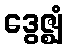
ဒွေဇ္ဈံ